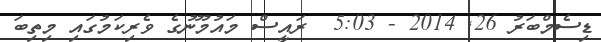
ޑިސެމްބަރު 26